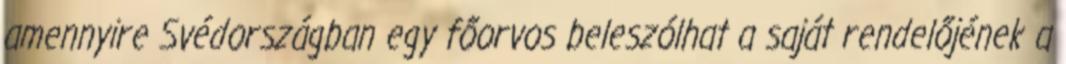
amennyire Svédországban egy főorvos beleszólhat a saját rendelőjének a